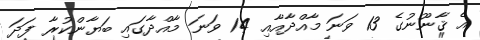
އެ ޤާނޫނުގެ 13 ވަނަ މާއްދާއާއި 14 ވަނަ މާއްދާގައި ބަޔާންކުރާ ފަދަ